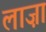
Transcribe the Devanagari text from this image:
लाज़ा